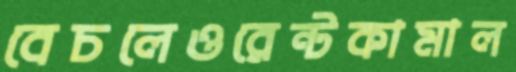
বেচলেওরেন্টকামাল